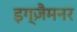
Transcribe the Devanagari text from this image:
इग्ज़ैमनर